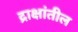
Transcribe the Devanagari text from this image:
द्राक्षांतील